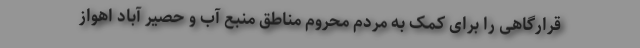
قرارگاهی را برای کمک به مردم محروم مناطق منبع آب و حصیر آباد اهواز